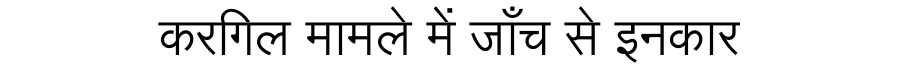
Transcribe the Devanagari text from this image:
करगिल मामले में जाँच से इनकार